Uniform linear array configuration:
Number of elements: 24
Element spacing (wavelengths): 0.75
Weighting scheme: blackman
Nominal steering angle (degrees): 15
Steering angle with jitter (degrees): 15.162
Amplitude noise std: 0.05
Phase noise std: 0.05

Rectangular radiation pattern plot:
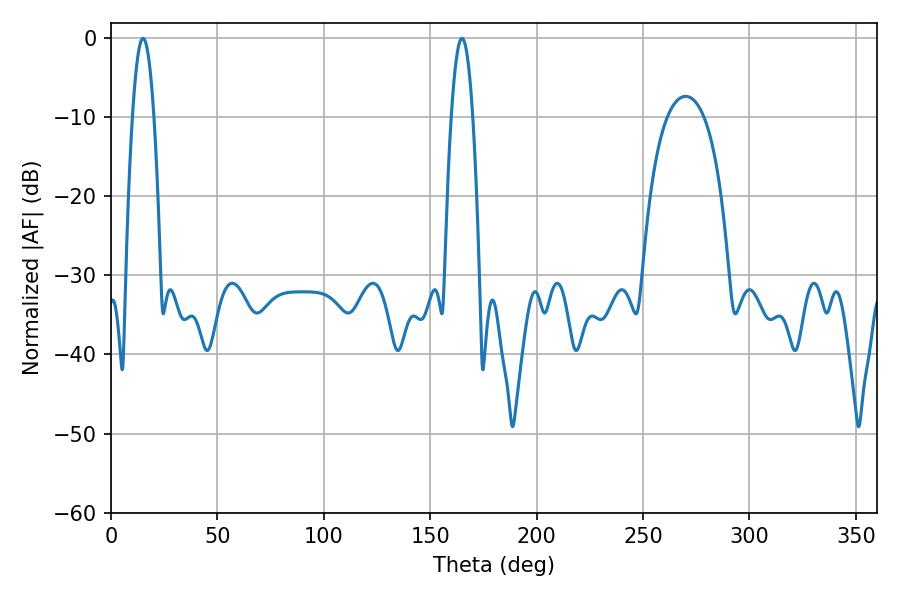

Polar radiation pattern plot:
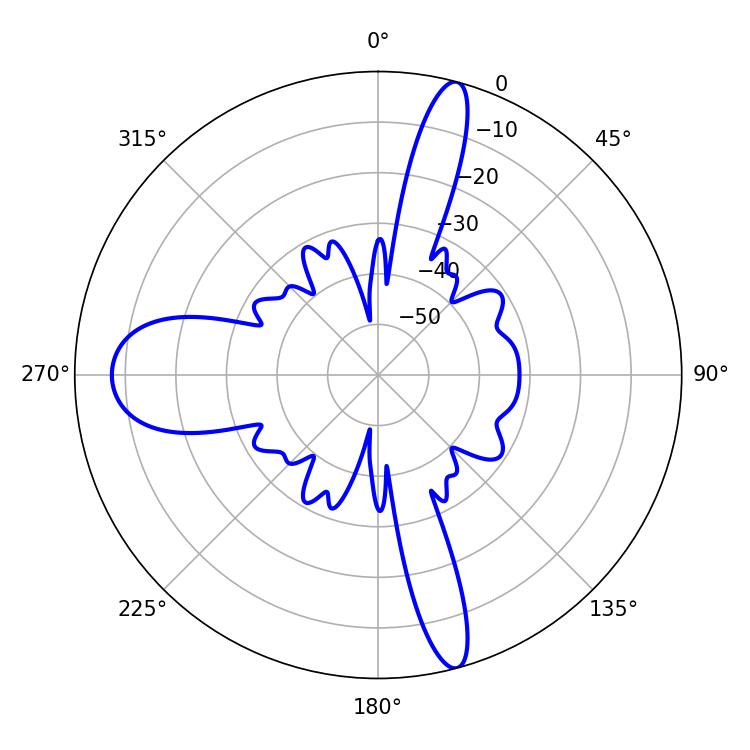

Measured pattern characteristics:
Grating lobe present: TRUE
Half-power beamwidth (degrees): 5.58
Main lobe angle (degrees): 15.12